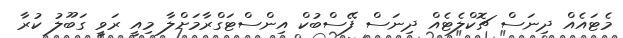
މެޓައެއް ދިނަސް ޗޮކްލެޓެއް ދިނަސް ފޭސްބުކް އިންސްޓަގްރާމަށްލާ މިއީ ރަވީ ގަބޫލު ކުރާ